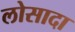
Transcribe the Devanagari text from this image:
लोसादा